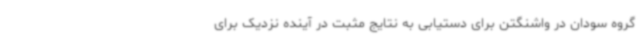
گروه سودان در واشنگتن برای دستیابی به نتایج مثبت در آینده نزدیک برای